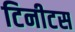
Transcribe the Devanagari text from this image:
टिनीटस